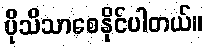
ပိုသိသာစေနိုင်ပါတယ်။